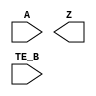
module sky130_fd_sc_ls__ebufn (
    //# {{data|Data Signals}}
    input  A   ,
    output Z   ,

    //# {{control|Control Signals}}
    input  TE_B
);

    // Voltage supply signals
    supply1 VPWR;
    supply0 VGND;
    supply1 VPB ;
    supply0 VNB ;

endmodule